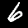
Digit: 6